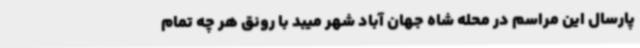
پارسال این مراسم در محله شاه جهان آباد شهر میبد با رونق هر چه تمام